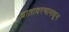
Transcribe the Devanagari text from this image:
वातावरणामधून